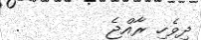
ދިވެހި ރާއްޖެ        .